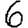
Digit: 6